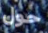
حول